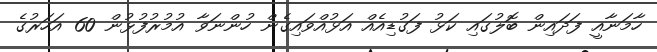
ހާމަނާއީ ފަދައިން ބޮލުގައި ކަޅު ފަގުޑިއެއް އަޅުއްވައިގެން ހުންނަވާ އުމުރުފުޅުން 60 އަހަރުގެ